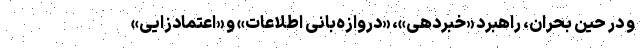
و در حین بحران، راهبرد «خبردهی»، «دروازه‌بانی اطلاعات» و «اعتمادزایی»